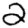
Digit: 2